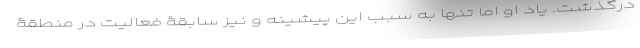
درگذشت. یاد او اما تنها به سبب این پیشینه و نیز سابقۀ فعالیت در منطقۀ